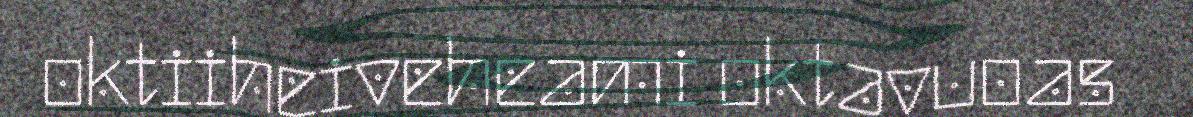
oktiiheiveheami oktavuoas